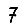
Digit: 7